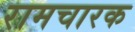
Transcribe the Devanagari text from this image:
रामचारक